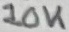
Text: 10K